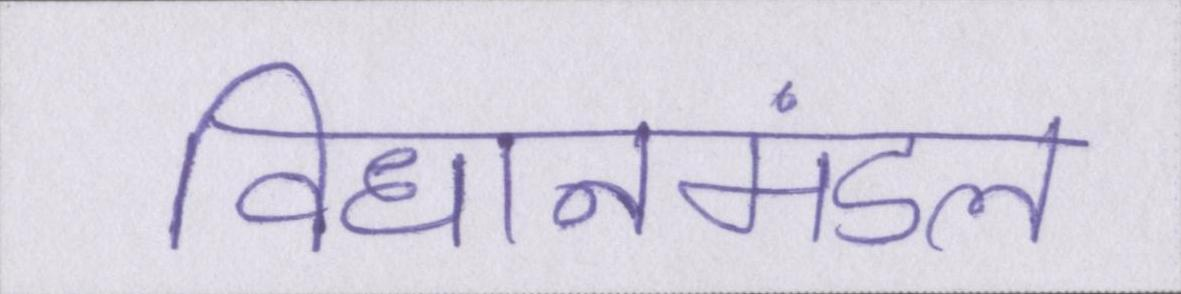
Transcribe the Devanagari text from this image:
विधानमंडल